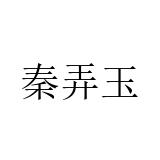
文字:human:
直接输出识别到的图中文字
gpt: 秦弄玉